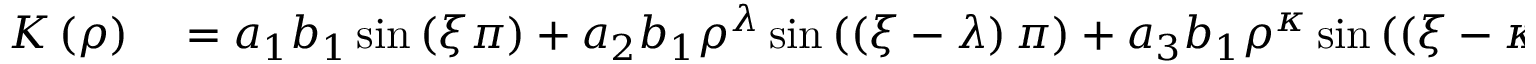
\begin{array} { r l } { K \left( \rho \right) } & { { } = a _ { 1 } b _ { 1 } \sin \left( \xi \pi \right) + a _ { 2 } b _ { 1 } \rho ^ { \lambda } \sin \left( \left( \xi - \lambda \right) \pi \right) + a _ { 3 } b _ { 1 } \rho ^ { \kappa } \sin \left( \left( \xi - \kappa \right) \pi \right) } \end{array}